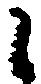
之